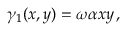
\gamma _ { 1 } ( x , y ) = \omega \alpha x y \, ,